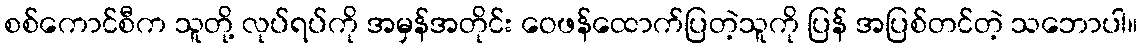
စစ်ကောင်စီက သူတို့ လုပ်ရပ်ကို အမှန်အတိုင်း ဝေဖန်ထောက်ပြတဲ့သူကို ပြန် အပြစ်တင်တဲ့ သဘောပါ။